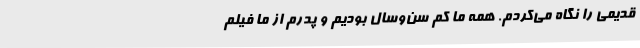
قدیمی را نگاه می‌کردم. همه ما کم سن‌وسال بودیم و پدرم از ما فیلم